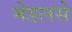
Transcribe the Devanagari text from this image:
मेडलसे